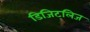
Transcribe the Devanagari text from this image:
डिजिटलिज